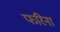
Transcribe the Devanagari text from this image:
फरिना